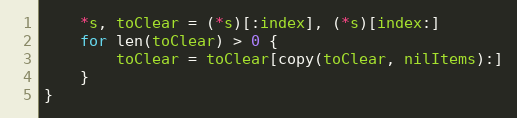
Language: Go
	*s, toClear = (*s)[:index], (*s)[index:]
	for len(toClear) > 0 {
		toClear = toClear[copy(toClear, nilItems):]
	}
}